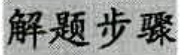
解题步骤